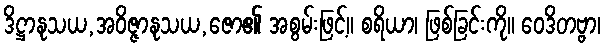
ဒိဋ္ဌာနုသယ,အဝိဇ္ဇာနုသယ,ဇော၏ အစွမ်းဖြင့်။ စရိယာ၊ ဖြစ်ခြင်းကို။ ဝေဒိတဗ္ဗာ၊